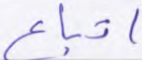
اتباع